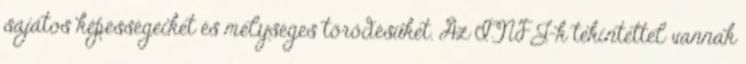
sajátos képességeiket és mélységes törődésüket. Az INFJ-k tekintettel vannak